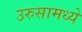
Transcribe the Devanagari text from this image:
उरुसामध्ये